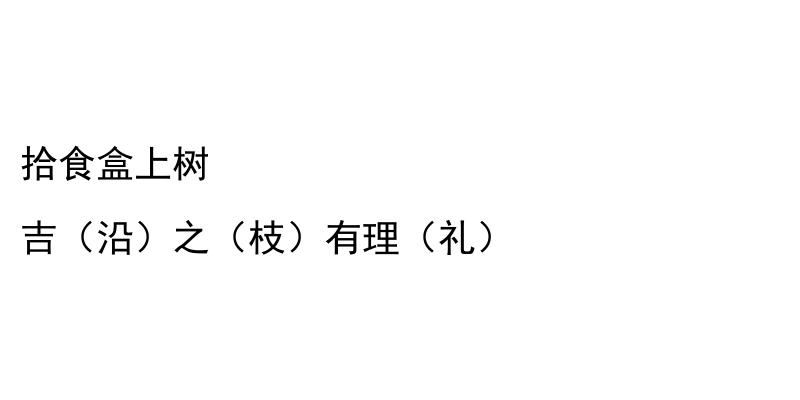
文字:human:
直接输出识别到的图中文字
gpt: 拾食盒上树 吉（沿）之（枝）有理（礼）